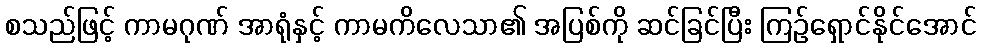
စသည်ဖြင့် ကာမဂုဏ် အာရုံနှင့် ကာမကိလေသာ၏ အပြစ်ကို ဆင်ခြင်ပြီး ကြဉ်ရှောင်နိုင်အောင်